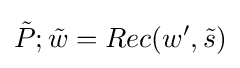
{\tilde {P}};{\tilde {w}}=Rec(w',{\tilde {s}})